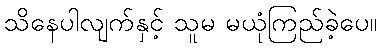
သိနေပါလျက်နှင့် သူမ မယုံကြည်ခဲ့ပေ။